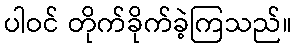
ပါဝင် တိုက်ခိုက်ခဲ့ကြသည်။